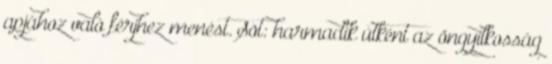
apjához való férjhez menést. Sõt: harmadik útként az öngyilkosság